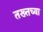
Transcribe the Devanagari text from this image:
तख्तच्या